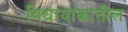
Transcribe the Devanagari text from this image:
विधायाकातील